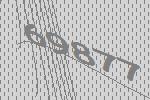
69877